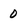
Character: 0